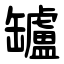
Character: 罏